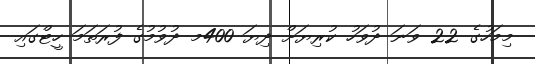
މިމަހުގެ 22 ވަނަ ދުވަހު ކުރިޔަށް ދިޔަ 400މ ދުވުމުގެ ފުރަތަމަ ހީޓްގައި